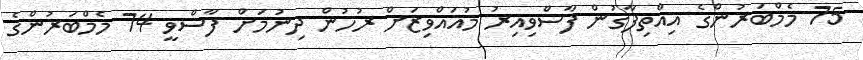
75 މެމްބަރުންގެ އިއްތިފާގުން ފާސްވިއިރު މުއައްވިޒަށް ރުހުން ދިނުމަށް ފާސްވީ 74 މެމްބަރުންގެ